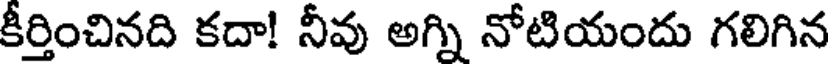
కీర్తించినది కదా! నీవు అగ్ని నోటియందు గలిగిన